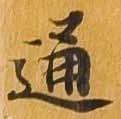
通